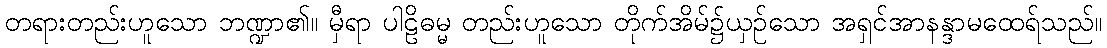
တရားတည်းဟူသော ဘဏ္ဍာ၏။ မှီရာ ပါဠိဓမ္မ တည်းဟူသော တိုက်အိမ်၌ယှဉ်သော အရှင်အာနန္ဒာမထေရ်သည်။